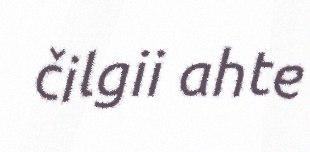
čilgii ahte